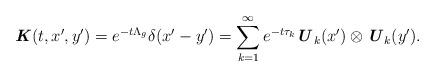
LaTeX: \begin{align*} \textbf{\textit{K}}(t,x^{\prime},y^{\prime}) = e^{-t\Lambda_g} \delta(x^{\prime} - y^{\prime}) = \sum_{k=1}^{\infty} e^{-t\tau_k} \textbf{\textit{U}}_k(x^{\prime}) \otimes \textbf{\textit{U}}_k(y^{\prime}).\end{align*}